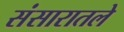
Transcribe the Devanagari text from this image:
संसारातले